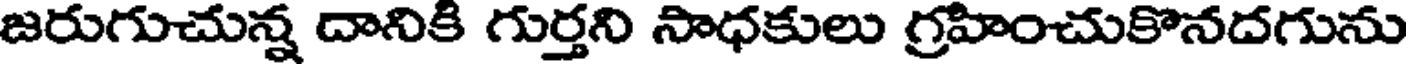
జరుగుచున్న దానికి గుర్తని సాధకులు గ్రహించుకొనదగును